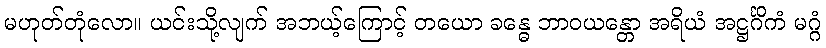
မဟုတ်တုံလော။ ယင်းသို့လျက် အဘယ့်ကြောင့် တယော ခန္ဓေ ဘာဝယန္တော အရိယံ အဋ္ဌင်္ဂိကံ မဂ္ဂံ